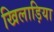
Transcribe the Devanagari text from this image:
खिलाड़िया